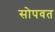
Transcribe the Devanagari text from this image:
सोपवत